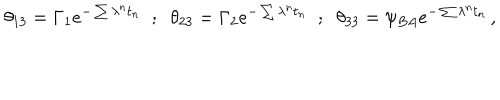
\theta _ { 1 3 } = \Gamma _ { 1 } e ^ { - \sum \lambda ^ { n } t _ { n } } \; \; ; \; \; \theta _ { 2 3 } = \Gamma _ { 2 } e ^ { - \sum \lambda ^ { n } t _ { n } } \; \; ; \; \; \theta _ { 3 3 } = \psi _ { B A } e ^ { - \sum \lambda ^ { n } t _ { n } } \, ,